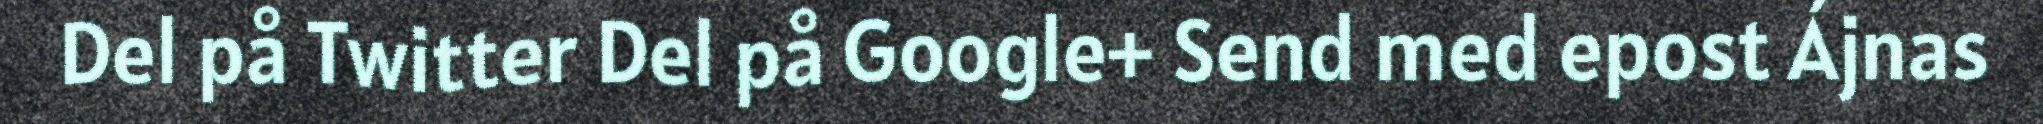
Del på Twitter Del på Google+ Send med epost Ájnas